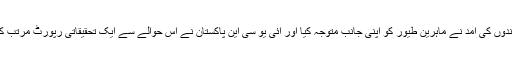
پرندوں کی آمد نے ماہرین طیور کو اپنی جانب متوجہ کیا اور آئی یو سی این پاکستان نے اس حوالے سے ایک تحقیقاتی رپورٹ مرتب کی۔